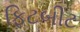
ફિટબીટ